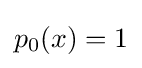
p_{0}(x)=1